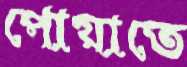
পোয়াতে